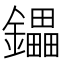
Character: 鑘